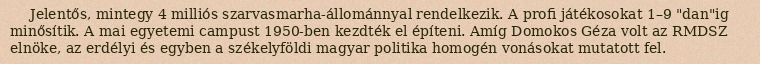
Jelentős, mintegy 4 milliós szarvasmarha-állománnyal rendelkezik. A profi játékosokat 1–9 "dan"ig minősítik. A mai egyetemi campust 1950-ben kezdték el építeni. Amíg Domokos Géza volt az RMDSZ elnöke, az erdélyi és egyben a székelyföldi magyar politika homogén vonásokat mutatott fel.